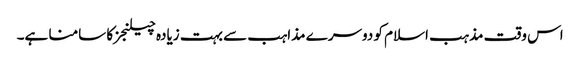
اس وقت مذہب اسلام کو دوسرے مذاہب سے بہت زیادہ چیلنجزکا سامنا ہے۔